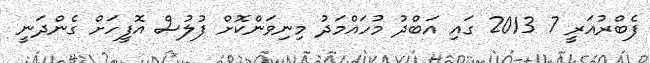
ފެބްރުއަރީ 7 2013 ގައި އަބްދު މުހައްމަދު މިނިވަންކޮށް ފުލުސް އޮފީހަށް ގެންދަނީ